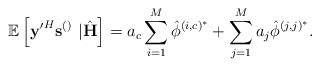
\begin{align*} \mathbb{E}\left[\mathbf{y'}^H\mathbf{s}^{\left(\right)}\right.&\left.|\hat{\mathbf{H}}\right]=a_c\sum_{i=1}^M\hat{\phi}^{\left(i,c\right)^*}+\sum_{j=1}^{M}a_j\hat{\phi}^{\left(j,j\right)^*}.\end{align*}